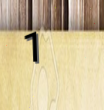
1